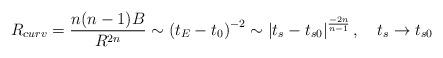
LaTeX: \begin{align*}R_{curv}=\frac{n(n-1)B}{R^{2n}}\sim \left( t_E-t_0\right) ^{-2}\sim \left|t_s-t_{s0}\right| ^{\frac{-2n}{n-1}},\quad t_s\rightarrow t_{s0}\end{align*}